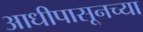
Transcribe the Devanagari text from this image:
आधीपासूनच्या